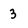
Character: 3